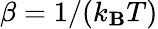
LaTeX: \beta=1/(k_{\mathbf{B}}T)